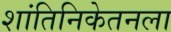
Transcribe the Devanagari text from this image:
शांतिनिकेतनला